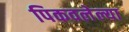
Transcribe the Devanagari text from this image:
पिकवलेल्या